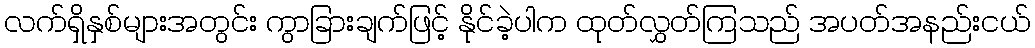
လက်ရှိနှစ်များအတွင်း ကွာခြားချက်ဖြင့် နိုင်ခဲ့ပါက ထုတ်လွှတ်ကြသည် အပတ်အနည်းငယ်